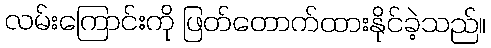
လမ်းကြောင်းကို ဖြတ်တောက်ထားနိုင်ခဲ့သည်။